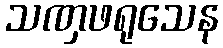
သဏှဖရုသေန